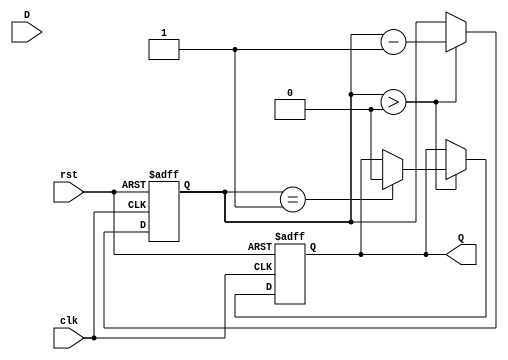
module MonostableEdgeDetector #(
    parameter PULSE_WIDTH = 10, // Pulse width in clock cycles
    parameter EDGE_TYPE = 2'b11  // 00: Rising edge, 01: Falling edge, 10: Both edges, 11: No edge detection
)(
    input wire clk,              // Clock signal
    input wire rst,              // Reset signal
    input wire D,                // Input signal
    output reg Q                 // Output pulse
);

    reg D_prev;                  // Previous state of the input signal
    reg [3:0] pulse_counter;     // Counter for pulse width

    // Edge detection logic
    wire rising_edge = (D && !D_prev);
    wire falling_edge = (!D && D_prev);
    wire edge_detected = (EDGE_TYPE == 2'b00 && rising_edge) || 
                         (EDGE_TYPE == 2'b01 && falling_edge) || 
                         (EDGE_TYPE == 2'b10 && (rising_edge || falling_edge));

    // Sequential logic to store the previous state and generate the output pulse
    always @(posedge clk or posedge rst) begin
        if (rst) begin
            D_prev <= 1'b0;
            Q <= 1'b0;
            pulse_counter <= 4'b0000;
        end else begin
            D_prev <= D;

            // Pulse generation logic
            if (edge_detected) begin
                Q <= 1'b1; // Start the pulse
                pulse_counter <= PULSE_WIDTH; // Load the pulse width
            end else if (pulse_counter > 0) begin
                pulse_counter <= pulse_counter - 1;
                if (pulse_counter == 1) begin
                    Q <= 1'b0; // End the pulse
                end
            end
        end
    end

endmodule